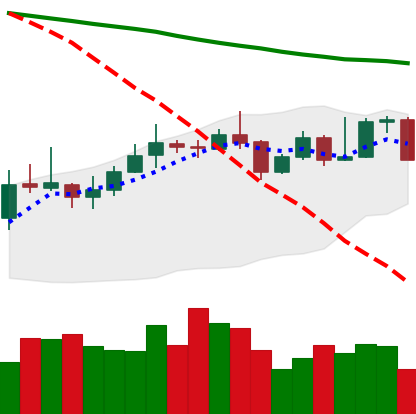
Ticker: XMR-USD
Chart end date: 2019-11-15
Forward return: -5.983%
Label: down_5_7